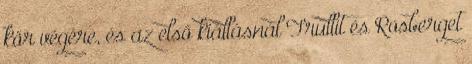
kör végére, és az első kiállásnál Trullit és Rosberget